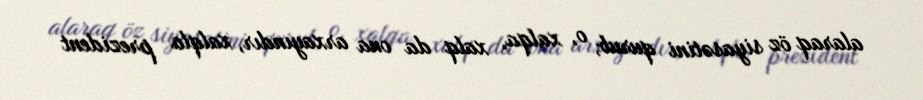
alaraq öz siyasətini qurub, o, xalqa, xalq da ona arxayındır, xalqla prezident